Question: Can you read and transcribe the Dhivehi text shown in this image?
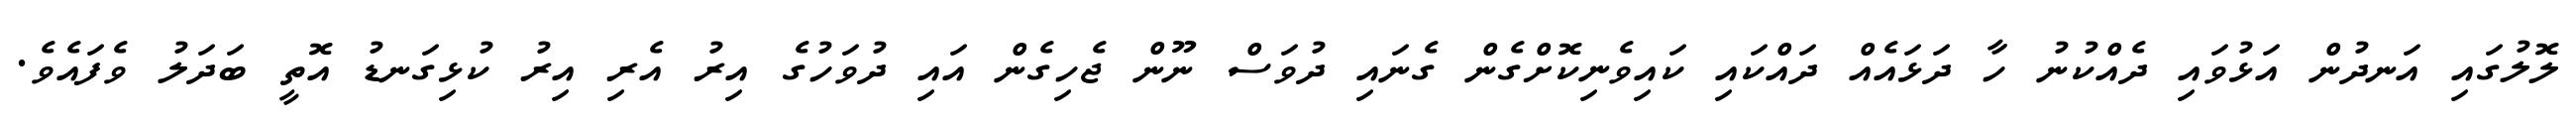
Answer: ލޮލުގައި އަނދުން އަޅުވައި ދެއްކުނު ހާ ދަޅައެއް ދައްކައި ކައިވެނިކޮށްގެން ގެނައި ދުވަސް ނޫން ޖެހިގެން އައި ދުވަހުގެ އިރު އެރި އިރު ކުޅިގަނޑު އޮތީ ބަދަލު ވެފައެވެ.